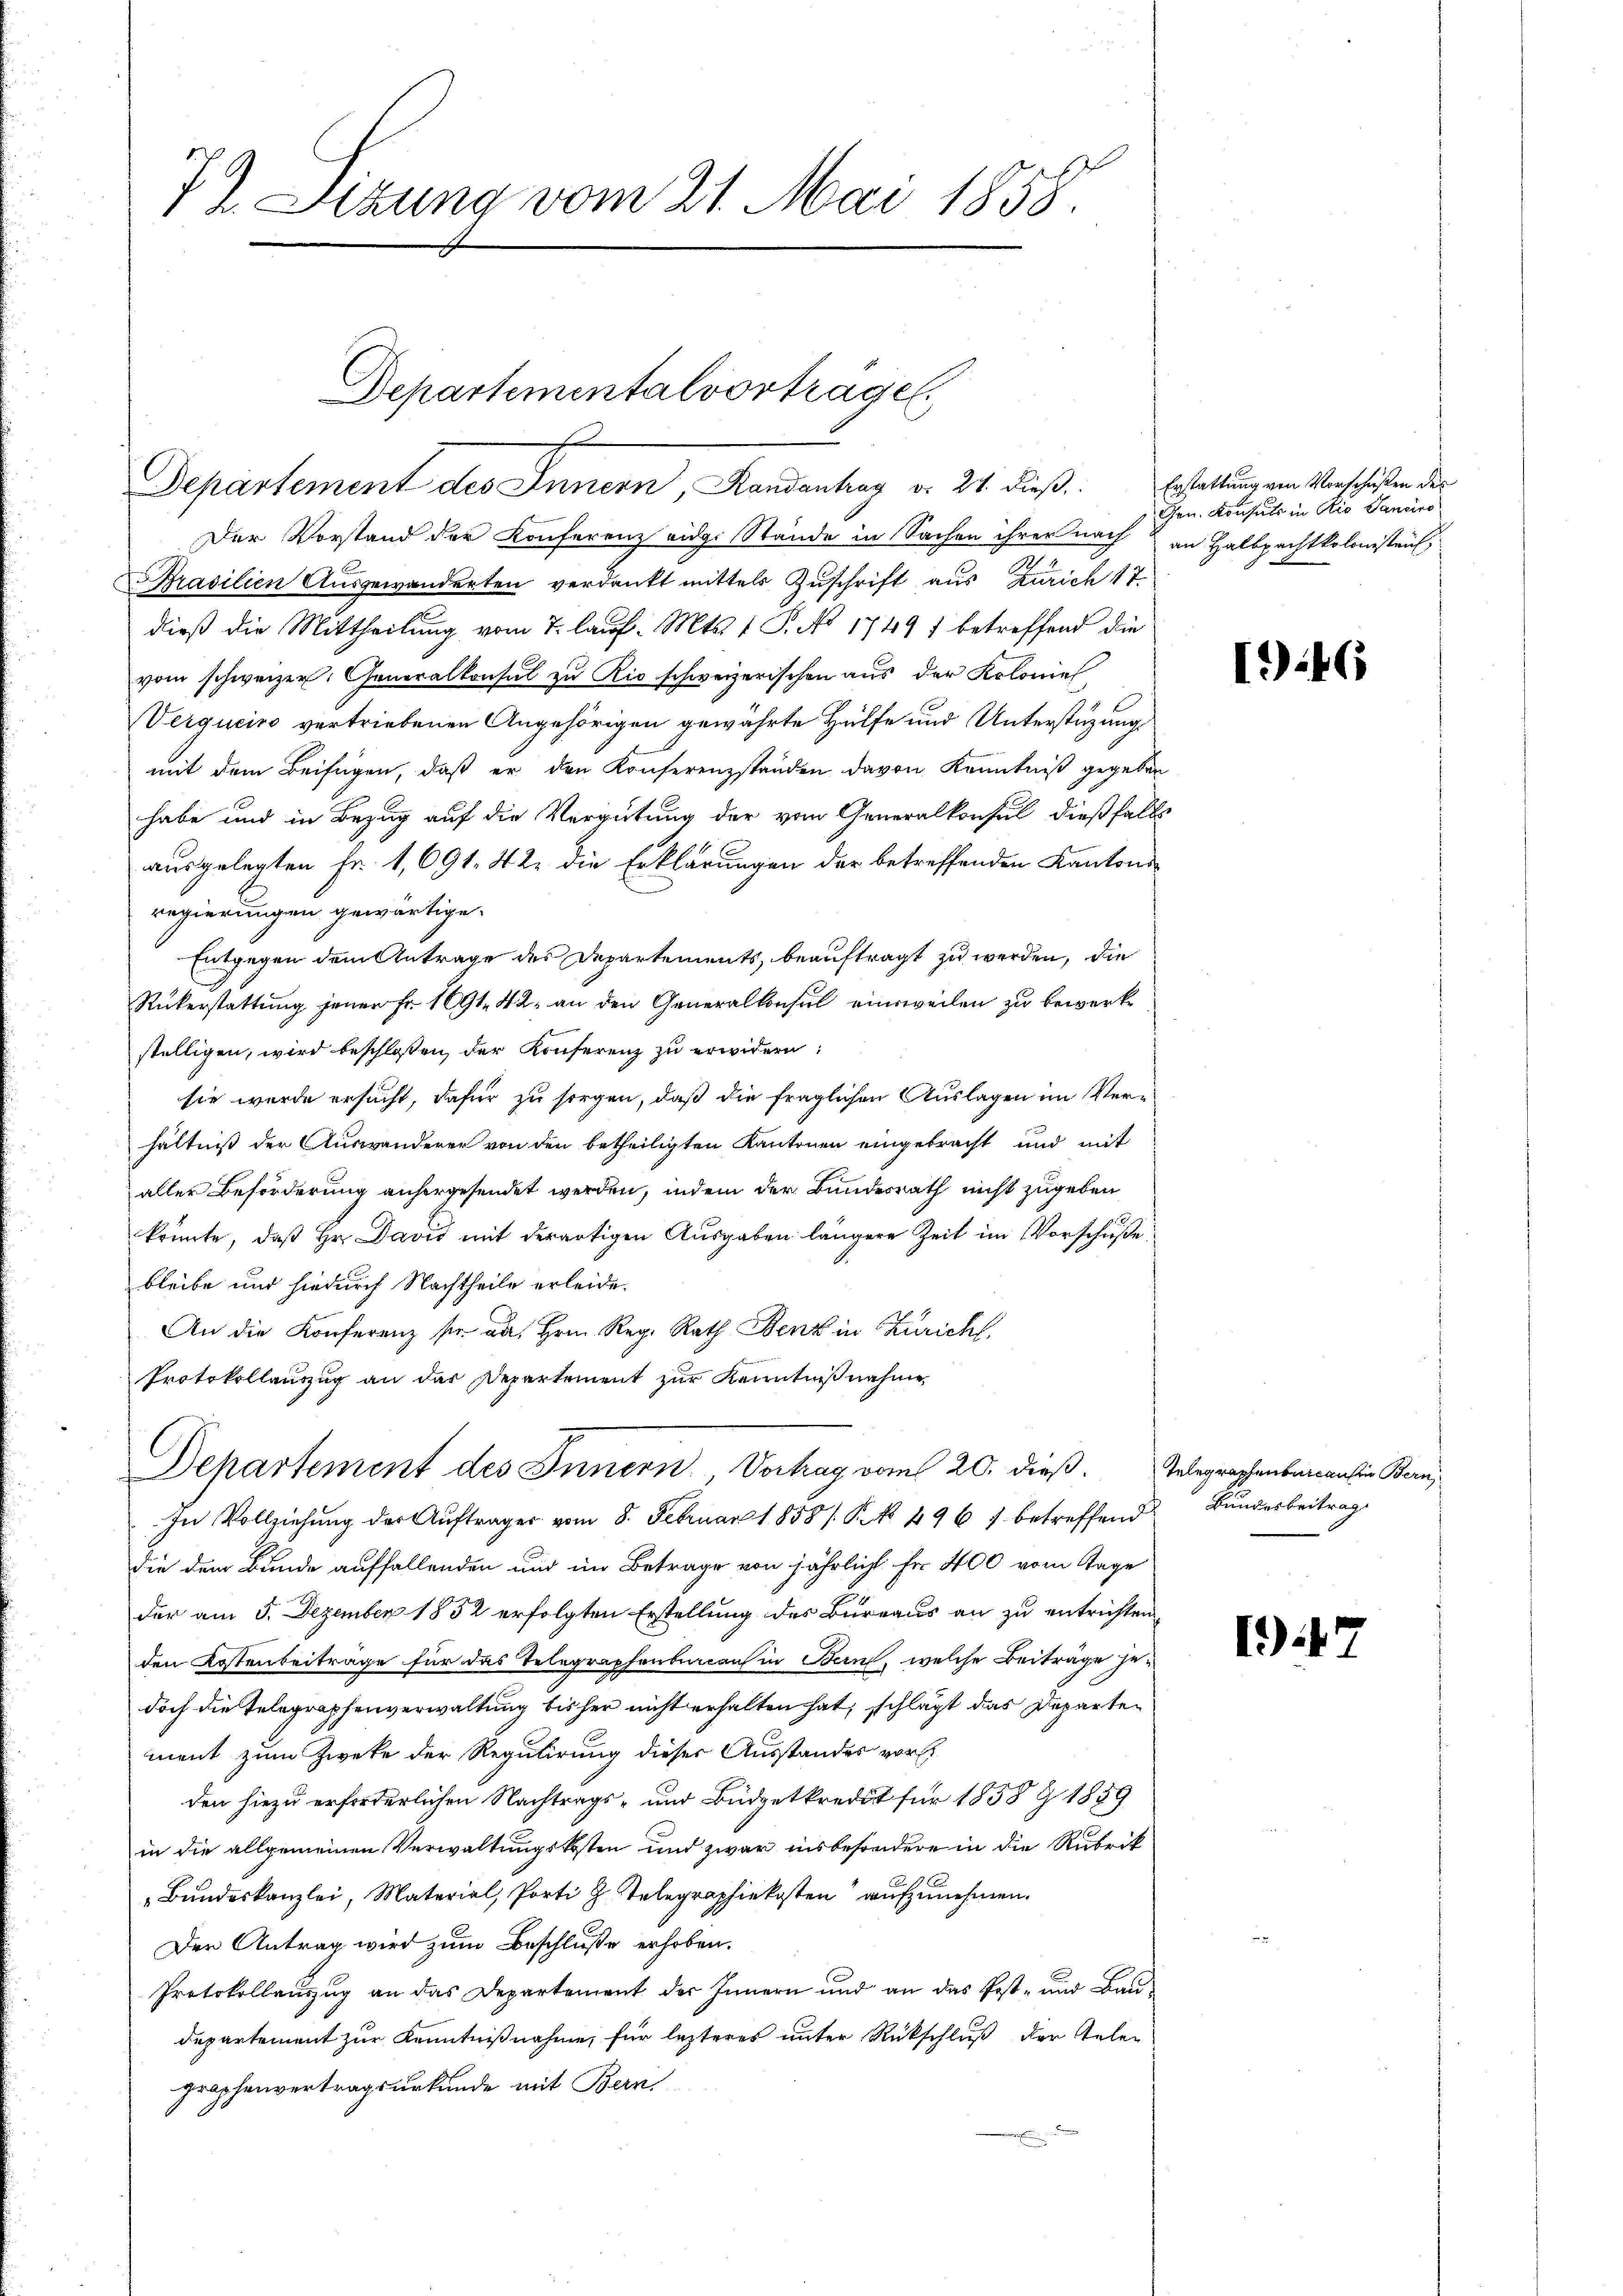
7 Sizung vom 21. Mai 1858.

Der Vorstand der Konferenz eidg. Stände in Sachen ihrer nach an Halbpachtkolonistens,
Brasilien Ausgewanderten verdankt mittels Zuschrift aus Zürich 17
dieß die Mittheilung vom 7. lauf. Mts. 1 P. No 17497 betreffend die
vom schweizer. Generalkonsul zu Rio schweizerischen aus der Koloniel
Verguciro vertriebenen Angehörigen gewährte Hülfe und Unterstüzung
mit dem Beifügen, daß er den Konferenzständen davon Kenntniß gegeben
habe und in Bezug auf die Vergütung der vom Generalkonsul dießfalls
ausgelegten Fr. 1,691. 42 die Erklärungen der betreffenden Kantons
regierungen gewärtige.
Entgegen dem Antrage des Departements, beauftragt zu werden, die
Rükerstattung jener Fr. 1691. 42. an den Generalkonsul einweilen zu bewerke
stelligen, wird beschlossen, der Konferenz zu erwidern:
sie wurde ersucht, dafür zu sorgen, daß die fraglichen Auslagen im Verhältniß der Auswanderer von den betheiligten Kantonen eingebracht und mit
aller Beförderung anhergesendet werden, indem der Bundesrath nicht zugeben
könnte, daß Hr. David mit derartigen Ausgaben längere Zeit im Vorschuße
bleibe und hiedurch Nachtheile erleide.
An die Konferenz sie an Hrn. Reg. Rath Benz in Zürich,
Protokollauszug an der Departement zur Kenntnißnahme,

Departementalvortrage.
Departement des Innern, Handanhay d. 24. dieß. Erstattung von Verschäften des

Departement des Innern, Vortrag vom 20. dieß. Telegraphenbaren in Bern,

In Vollziehung der Aufträger vom 8. Februar 1858/. P. No 496 7 betreffend
die dem Bunde auffallenden und im Betrage von jährlich Fr. 400 vom Tage
der am 5. Dezember 1852 erfolgten Erstellung des Bureaus an zu entrichten,
den Kostenbeiträge für das Telegraphenberaus in Bern, welche Beiträge jedoch die Telegraphenverwaltung bisher nicht erhalten hat, schlägt das Departement zum Zwecke der Regulirung dieser Ausstandes vorh
den hiezu erforderlichen Nachtrags- und Büdgetkredit für 1858 Z 1889
in die allgemeinen Verwaltungskosten und zwar insbesondere in die Rubrik
„Bundeskanzlei, Material, Porti z. Telegraphiekosten aufzunehmen.
Der Antrag wird zum Beschluße erhoben.
Protokollauszug an das Departement des Innern und an das Post- und Baudepartement zur Kenntnißnahme, für lezteres unter Rückschluß der Gelegraphenvertragsurkunde mit Bern,

Gen. Konsuls in Rio Sanciro

I) 46

Bundesbeitrag

)